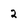
Character: 2